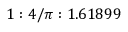
1 : 4 / \pi : 1 . 6 1 8 9 9